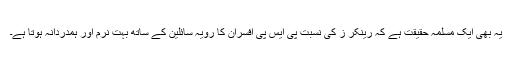
یہ بھی ایک مسلمہ حقیقت ہے کہ رینکر ز کی نسبت پی ایس پی افسران کا رویہ سائلین کے ساتھ بہت نرم اور ہمدردانہ ہوتا ہے۔